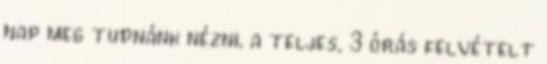
nap meg tudnánk nézni, a teljes, 3 órás felvételt